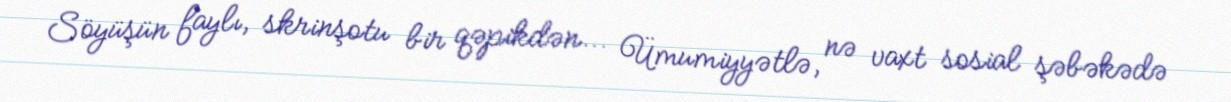
Söyüşün faylı, skrinşotu bir qəpikdən... Ümumiyyətlə, nə vaxt sosial şəbəkədə